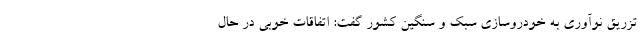
تزریق نوآوری به خودروسازی سبک و سنگین کشور گفت: اتفاقات خوبی در حال